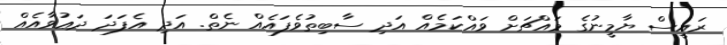
ރައީސް ޔާމީނުގެ މައްޗަށް ވައްކަމެއް އަދި ސާބިތުވެފައެއް ނެތް. އަދި އެފަދަ ދަޢުވާއެއް